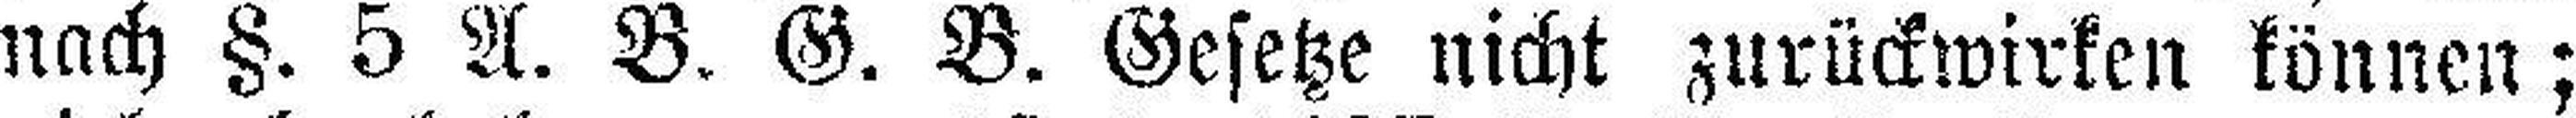
nach §. 5 A. B. G. B. Gesetze nicht zurückwirken können;